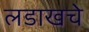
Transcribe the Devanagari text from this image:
लडाखचे